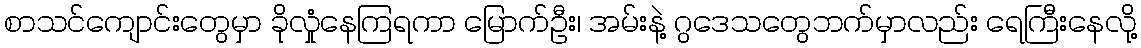
စာသင်ကျောင်းတွေမှာ ခိုလှုံနေကြရကာ မြောက်ဦး၊ အမ်းနဲ့ ဂွဒေသတွေဘက်မှာလည်း ရေကြီးနေလို့